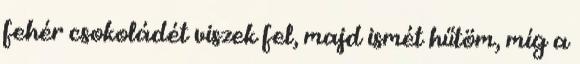
fehér csokoládét viszek fel, majd ismét hűtöm, míg a